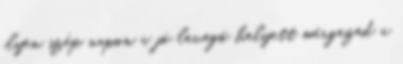
ilyen szép napon a jó levegő helyett mérgezed a